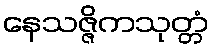
နေသဇ္ဇိကသုတ္တံ